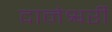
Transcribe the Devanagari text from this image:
दानेश्वरी